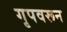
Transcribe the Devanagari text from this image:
गृपवरून